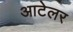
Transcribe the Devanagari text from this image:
आटेलर